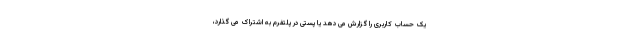
یک حساب کاربری را گزارش می دهد یا پستی در پلتفرم به اشتراک می گذارد،